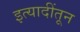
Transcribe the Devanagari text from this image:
इत्यादींतून